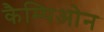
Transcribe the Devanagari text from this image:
कैम्पिओन